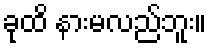
ခုထိ နားမလည်ဘူး။